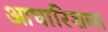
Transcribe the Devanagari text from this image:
आधारिशला